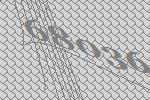
68036